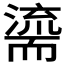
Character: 𮋠